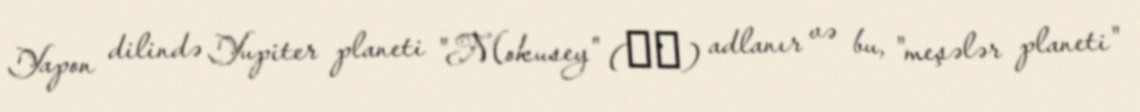
Yapon dilində Yupiter planeti "Mokusey" (木星) adlanır və bu, "meşələr planeti"